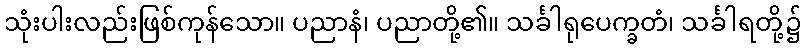
သုံးပါးလည်းဖြစ်ကုန်သော။ ပညာနံ၊ ပညာတို့၏။ သင်္ခါရုပေက္ခတံ၊ သင်္ခါရတို့၌